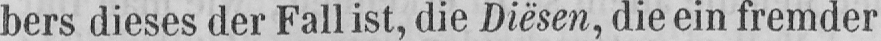
bers dieses der Fall ist, die Diësen, die ein fremder